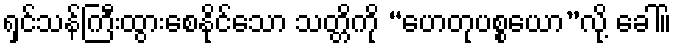
ရှင်သန်ကြီးထွားစေနိုင်သော သတ္တိကို “ဟေတုပစ္စယော”လို့ ခေါ်။